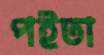
পইতা